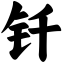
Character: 钎